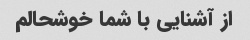
از آشنایی با شما خوشحالم